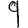
Digit: 9